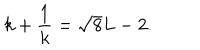
LaTeX: k + \frac { 1 } { k } = \sqrt { 8 } L - 2 .